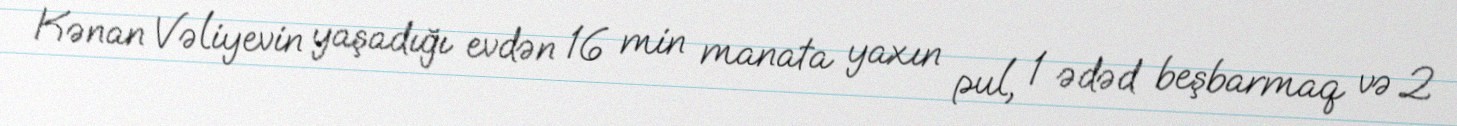
Kənan Vəliyevin yaşadığı evdən 16 min manata yaxın pul, 1 ədəd beşbarmaq və 2